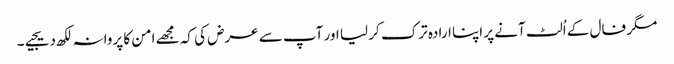
مگر فال کے اُلٹ آنے پر اپنا ارادہ ترک کر لیا اور آپ سے عرض کی کہ مجھے امن کا پروانہ لکھ دیجیے۔